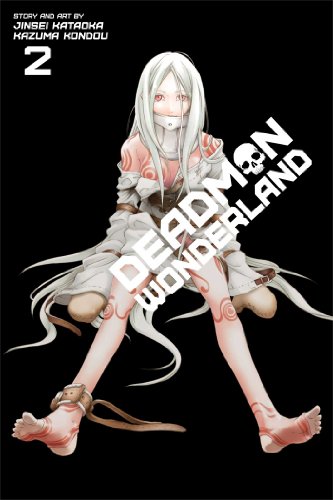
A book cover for Deadman Wonderland, Vol. 2; Jinsei Kataoka; Comics & Graphic Novels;